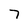
Character: 7